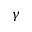
\gamma